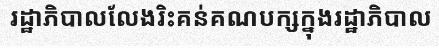
រដ្ឋាភិបាលលែងរិះគន់គណបក្សក្នុងរដ្ឋាភិបាល